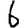
Digit: 6